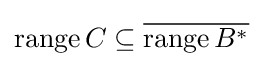
\operatorname {range} C\subseteq {\overline {\operatorname {range} B^{*}}}